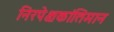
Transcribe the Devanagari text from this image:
निरपेक्षकांतिमान